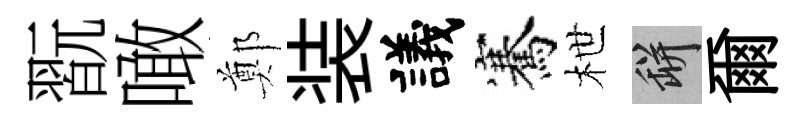
翫噉鄭装議騫枻瓶爾